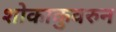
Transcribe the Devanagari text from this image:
शोकाकुवरुन